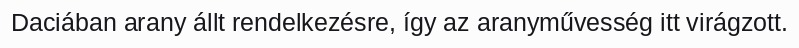
Daciában arany állt rendelkezésre, így az aranyművesség itt virágzott.